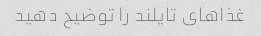
غذاهای تایلند را توضیح دهید